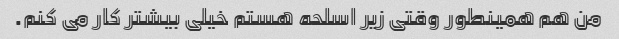
من هم همینطور وقتی زیر اسلحه هستم خیلی بیشتر کار می کنم.